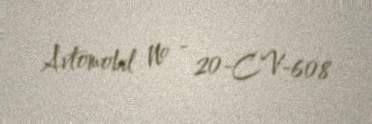
Avtomobil № - 20-CV-608